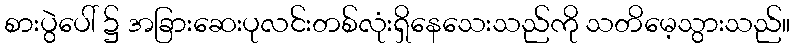
စားပွဲပေါ် ၌ အခြားဆေးပုလင်းတစ်လုံးရှိနေသေးသည်ကို သတိမေ့သွားသည်။